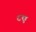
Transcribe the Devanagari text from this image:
८ए